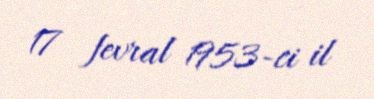
17 fevral 1953-ci il